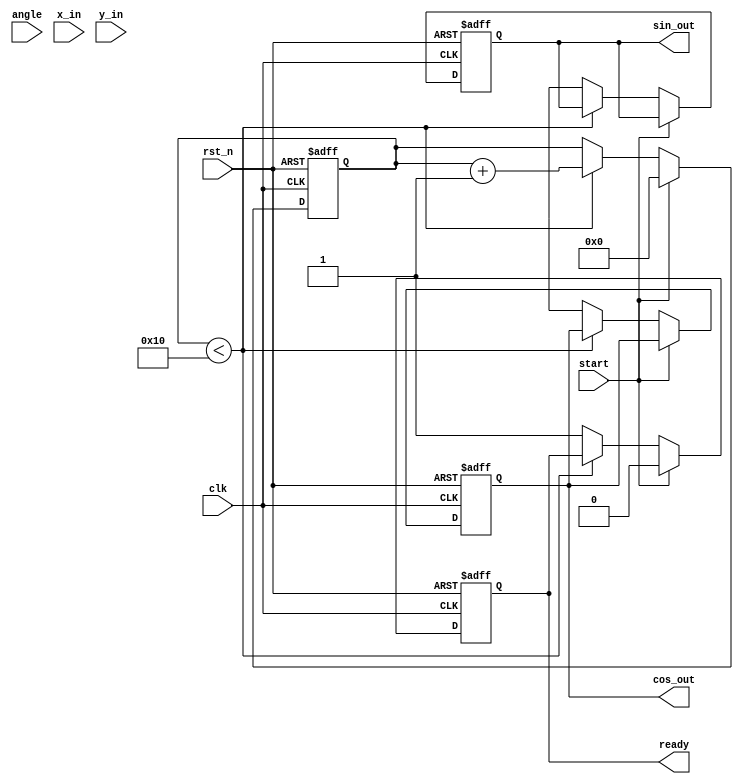
module cordic_rotational #(
    parameter WIDTH = 16,        // Width of fixed-point representation
    parameter ITERATIONS = 16    // Number of CORDIC iterations
)(
    input wire clk,
    input wire rst_n,
    input wire start,
    input wire signed [WIDTH-1:0] angle, // Angle input in fixed-point
    input wire signed [WIDTH-1:0] x_in,   // Initial X vector
    input wire signed [WIDTH-1:0] y_in,   // Initial Y vector
    output reg signed [WIDTH-1:0] cos_out, // Cosine output
    output reg signed [WIDTH-1:0] sin_out, // Sine output
    output reg ready // Indicates computation is complete
);

    reg signed [WIDTH-1:0] x [0:ITERATIONS-1]; // X vector at each iteration
    reg signed [WIDTH-1:0] y [0:ITERATIONS-1]; // Y vector at each iteration
    reg signed [WIDTH-1:0] z [0:ITERATIONS-1]; // Angle accumulator
    reg [3:0] iter; // Iteration counter
    reg [7:0] atan_table [0:ITERATIONS-1]; // Arctangent lookup table (in fixed point)

    // Precomputed arctangent values (fixed-point representation)
    initial begin
        atan_table[0] = 8'h00; // atan(2^0) in fixed-point
        atan_table[1] = 8'h26; // atan(2^-1)
        atan_table[2] = 8'h1A; // atan(2^-2)
        atan_table[3] = 8'h0F; // atan(2^-3)
        atan_table[4] = 8'h0C; // atan(2^-4)
        // Continue filling the lookup table for more iterations
    end

    // State machine for CORDIC operation
    always @(posedge clk or negedge rst_n) begin
        if (!rst_n) begin
            iter <= 0;
            ready <= 0;
            cos_out <= 0;
            sin_out <= 0;
        end else if (start) begin
            // Initialize values
            x[0] <= x_in;
            y[0] <= y_in;
            z[0] <= angle;
            iter <= 0;
            ready <= 0;
        end else if (iter < ITERATIONS) begin
            // CORDIC rotation iteration
            if (z[iter] < 0) begin
                x[iter + 1] <= x[iter] + (y[iter] >>> iter);
                y[iter + 1] <= y[iter] - (x[iter] >>> iter);
                z[iter + 1] <= z[iter] + atan_table[iter];
            end else begin
                x[iter + 1] <= x[iter] - (y[iter] >>> iter);
                y[iter + 1] <= y[iter] + (x[iter] >>> iter);
                z[iter + 1] <= z[iter] - atan_table[iter];
            end
            iter <= iter + 1;
        end else begin
            // Final output assignment after iterations are complete
            cos_out <= x[ITERATIONS];
            sin_out <= y[ITERATIONS];
            ready <= 1;
        end
    end
endmodule